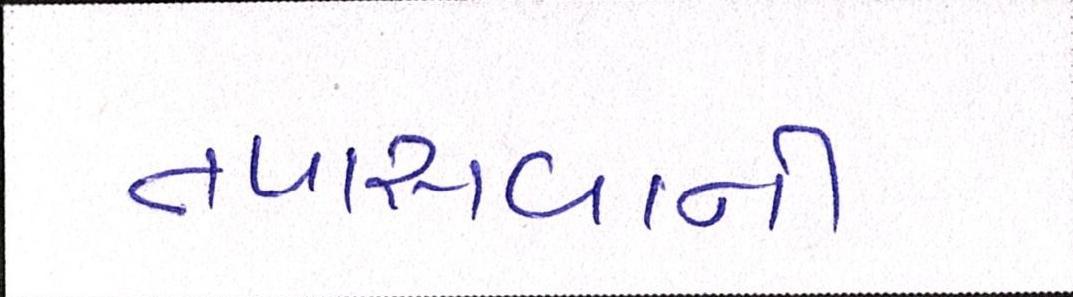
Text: તપાસવાની